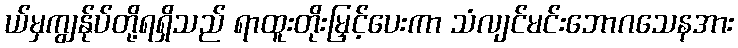
ယ်မှကျွန်ုပ်တို့ရရှိသည် ရာထူးတိုးမြှင့်ပေးကာ သံလျင်မင်းဘောဂသေနအား